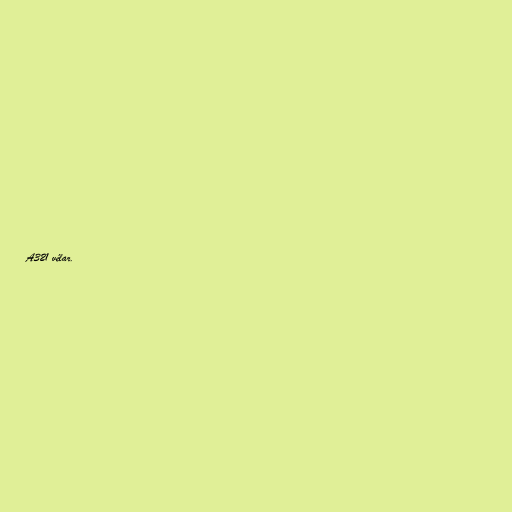
A321 vélar.